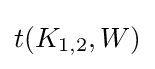
t(K_{1,2},W)